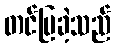
တင်ပြခဲ့သည်